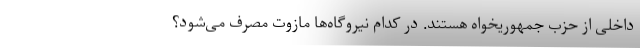
داخلی از حزب جمهوریخواه هستند. در کدام نیروگاه‌ها مازوت مصرف می‌شود؟